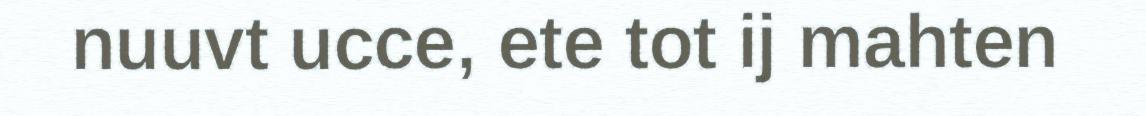
nuuvt ucce, ete tot ij mahten